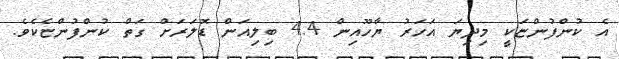
އެ ކުންފުންޏަކީ މިދިޔަ އަހަރު ޔާހޫއިން 4.4 ބިލިއަން ޑޮލަރަށް ގަތް ކުންފުންޏެކެވެ.